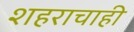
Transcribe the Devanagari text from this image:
शहराचाही